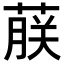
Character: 𬝤